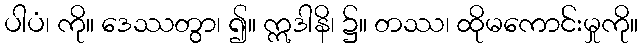
ပါပံ၊ ကို။ ဒေဿတွာ၊ ၍။ ဣဒါနိ၊ ၌။ တဿ၊ ထိုမကောင်းမှုကို။